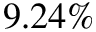
9 . 2 4 \%